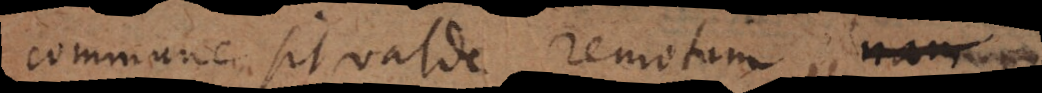
commune sit valde remotum, nam